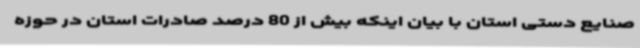
صنایع دستی استان با بیان اینکه بیش از 80 درصد صادرات استان در حوزه